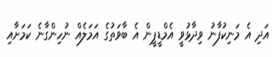
އަދި އެ މަނިކުފާނު ވިދާޅުވީ އެމްޑީޕީން އެ ބާވަތުގެ އަމަލެއް ނުހިންގާނެ ކަމަށާއި